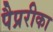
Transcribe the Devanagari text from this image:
पैप्ररीका